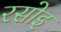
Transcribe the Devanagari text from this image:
रसोइ